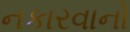
નકારવાનો